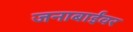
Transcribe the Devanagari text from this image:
जनाबाईंवर